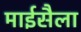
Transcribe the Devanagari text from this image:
माईसैला